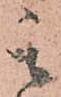
其